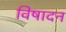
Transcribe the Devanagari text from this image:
विषादन